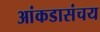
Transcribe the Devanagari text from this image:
आंकडासंचय